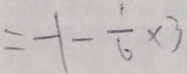
= - 1 - \frac { 1 } { 6 } \times 3